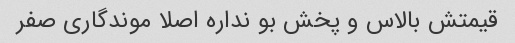
قیمتش بالاس و پخش بو نداره اصلا موندگاری صفر